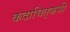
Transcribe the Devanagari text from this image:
कदाचित्‌कभी